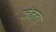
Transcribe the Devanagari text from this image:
जंजला